Document type: Grant of rights
Year: 1254
Scribe: Jaume de Port
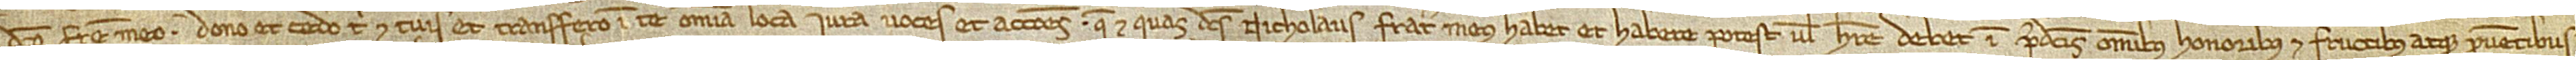
/ dicto fratre meo dono et cedo tibi et tuis et transfero in te omnia loca, iura, voces et acciones que et quas dictius Nicholaus, frater meus, habet et habere potest vel habere debet in predictis omnibus honoribus et fructibus atque proventibus